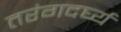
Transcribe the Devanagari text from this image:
तरंगदर्घ्य